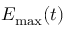
E _ { \mathrm { m a x } } ( t )